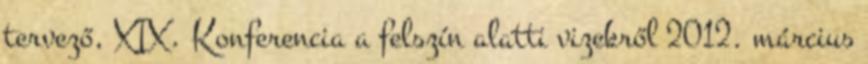
tervező, XIX. Konferencia a felszín alatti vizekről 2012. március